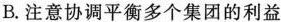
B.注意协调平衡多个集团的利益